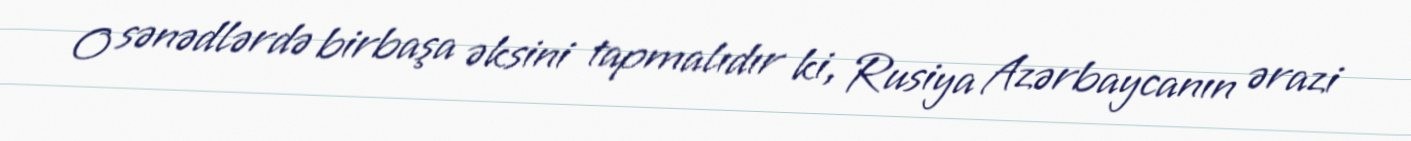
O sənədlərdə birbaşa əksini tapmalıdır ki, Rusiya Azərbaycanın ərazi